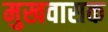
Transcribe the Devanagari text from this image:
मुखवासक